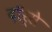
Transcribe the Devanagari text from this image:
दॉर्से